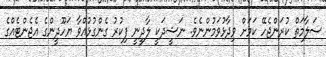
ސަލާމަތް ކުރަންޖެހޭ ކަމަށް ވިދާޅުވަމުންނެވެ. ނަޝީދަކީ ލާދީނީ ފިކުރު ގެންގުޅުއްވާ ޔަހޫދީންގެ އެޖެންޓެއްގެ